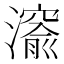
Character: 𤀨